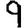
Digit: 9